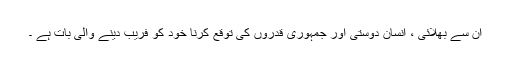
ان سے بھلائی ، انسان دوستی اور جمہوری قدروں کی توقع کرنا خود کو فریب دینے والی بات ہے ۔